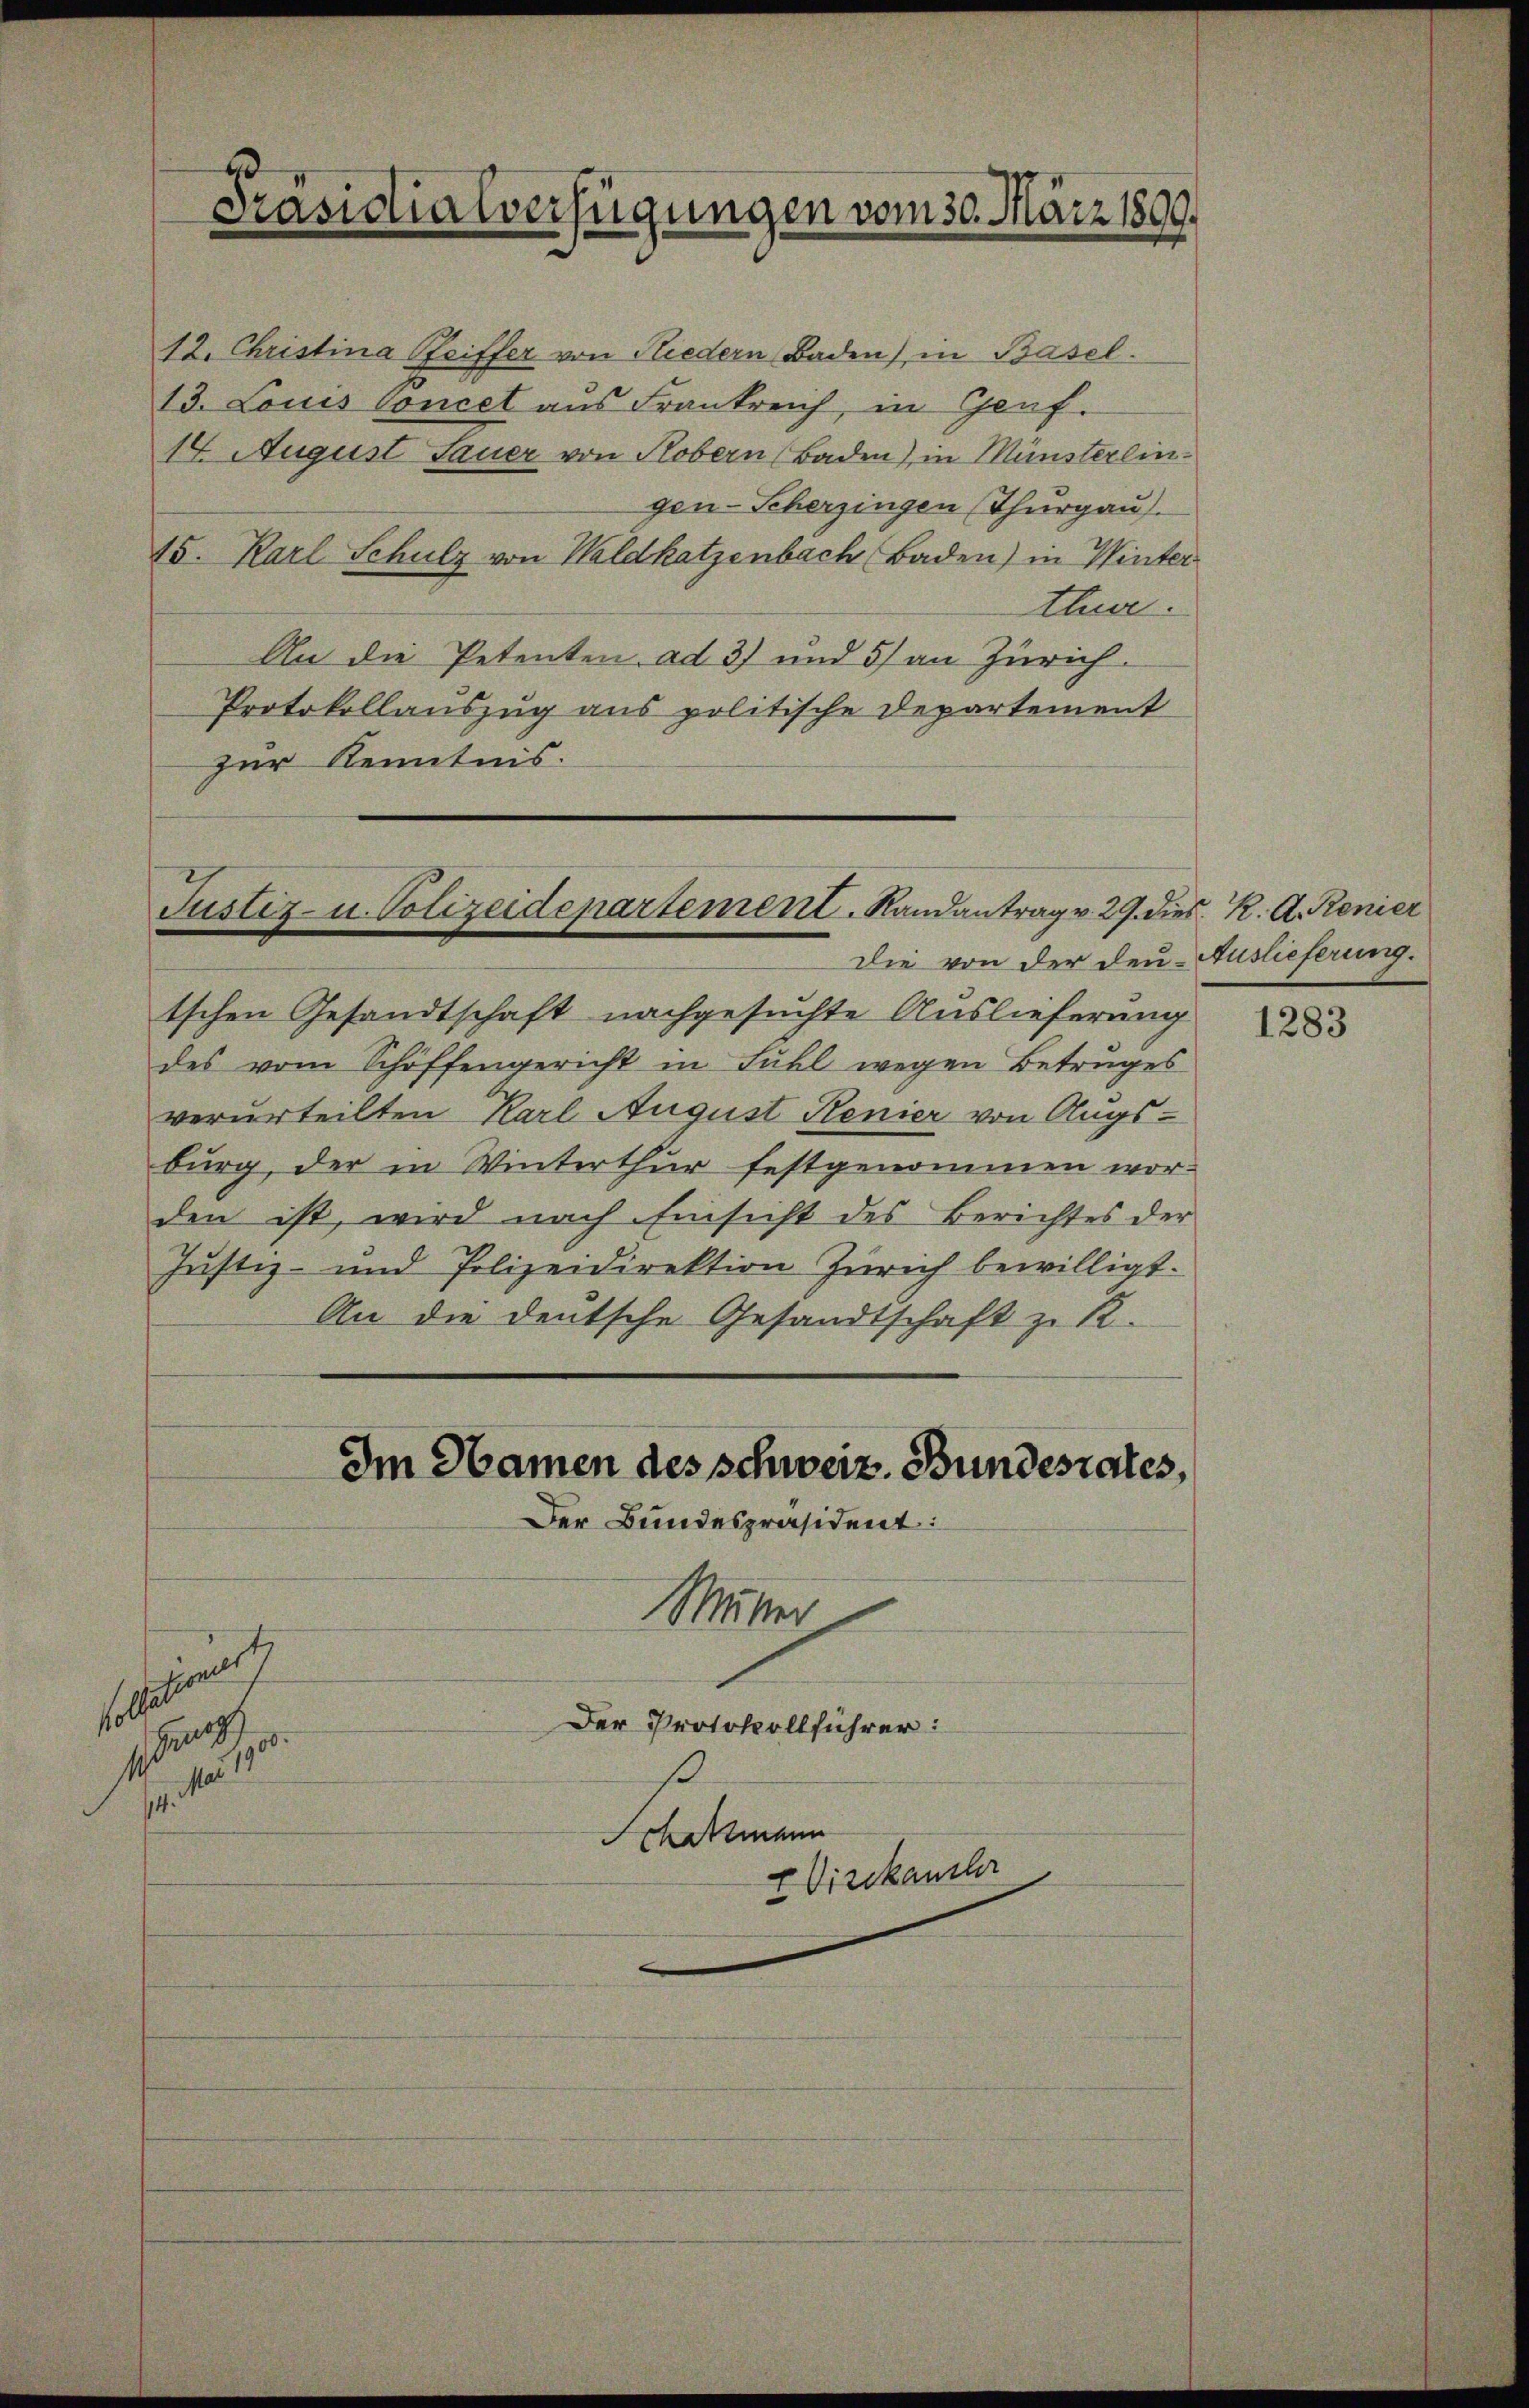
12. Christina Reiffer von Niedern Baden) in Basel.
13. Louis Concet aus Frankreich, in Genf.
14. August Sauer von Kobern Baden), in Münsterlingen-Scherzingen (Thurgau).
15. Karl Schulz von Waldkatzenbach Baden) in Winter
tha.
An die Petenten ad 3) und 5) an Zürich
Protokollauszug aus politische Departement
zur Kenntnis.

Präsidialverfügungen vom 30. März 1899.

Justiz- u. Polizeidepartement. Randantrag v. 29. dies K. A. Renier
Die von der den Auslieferung.

tschen Gesandtschaft nachgesuchte Auslieferung
des vom Schöffengericht in Fühl wegen Betruges
verurteilten Karl August Renier von Augs-
burg, der in Winterthur festgenommen wor-
den ist, wird nach Einsicht des Berichtes der
Jŭstiz- und Polizeidirektion Zürich bewilligt.
An die deutsche Gesandtschaft zu R.
Im Hamen des schweiz. Bundesrates,
Der Bundespräsident:
Muhei
scheiner
Der Protokollführer:
sch

Schatzmann
E Vizekanzler

1283